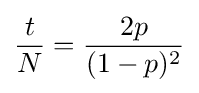
{\frac {t}{N}}={\frac {2p}{(1-p)^{2}}}